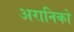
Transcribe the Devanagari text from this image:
अरानिको